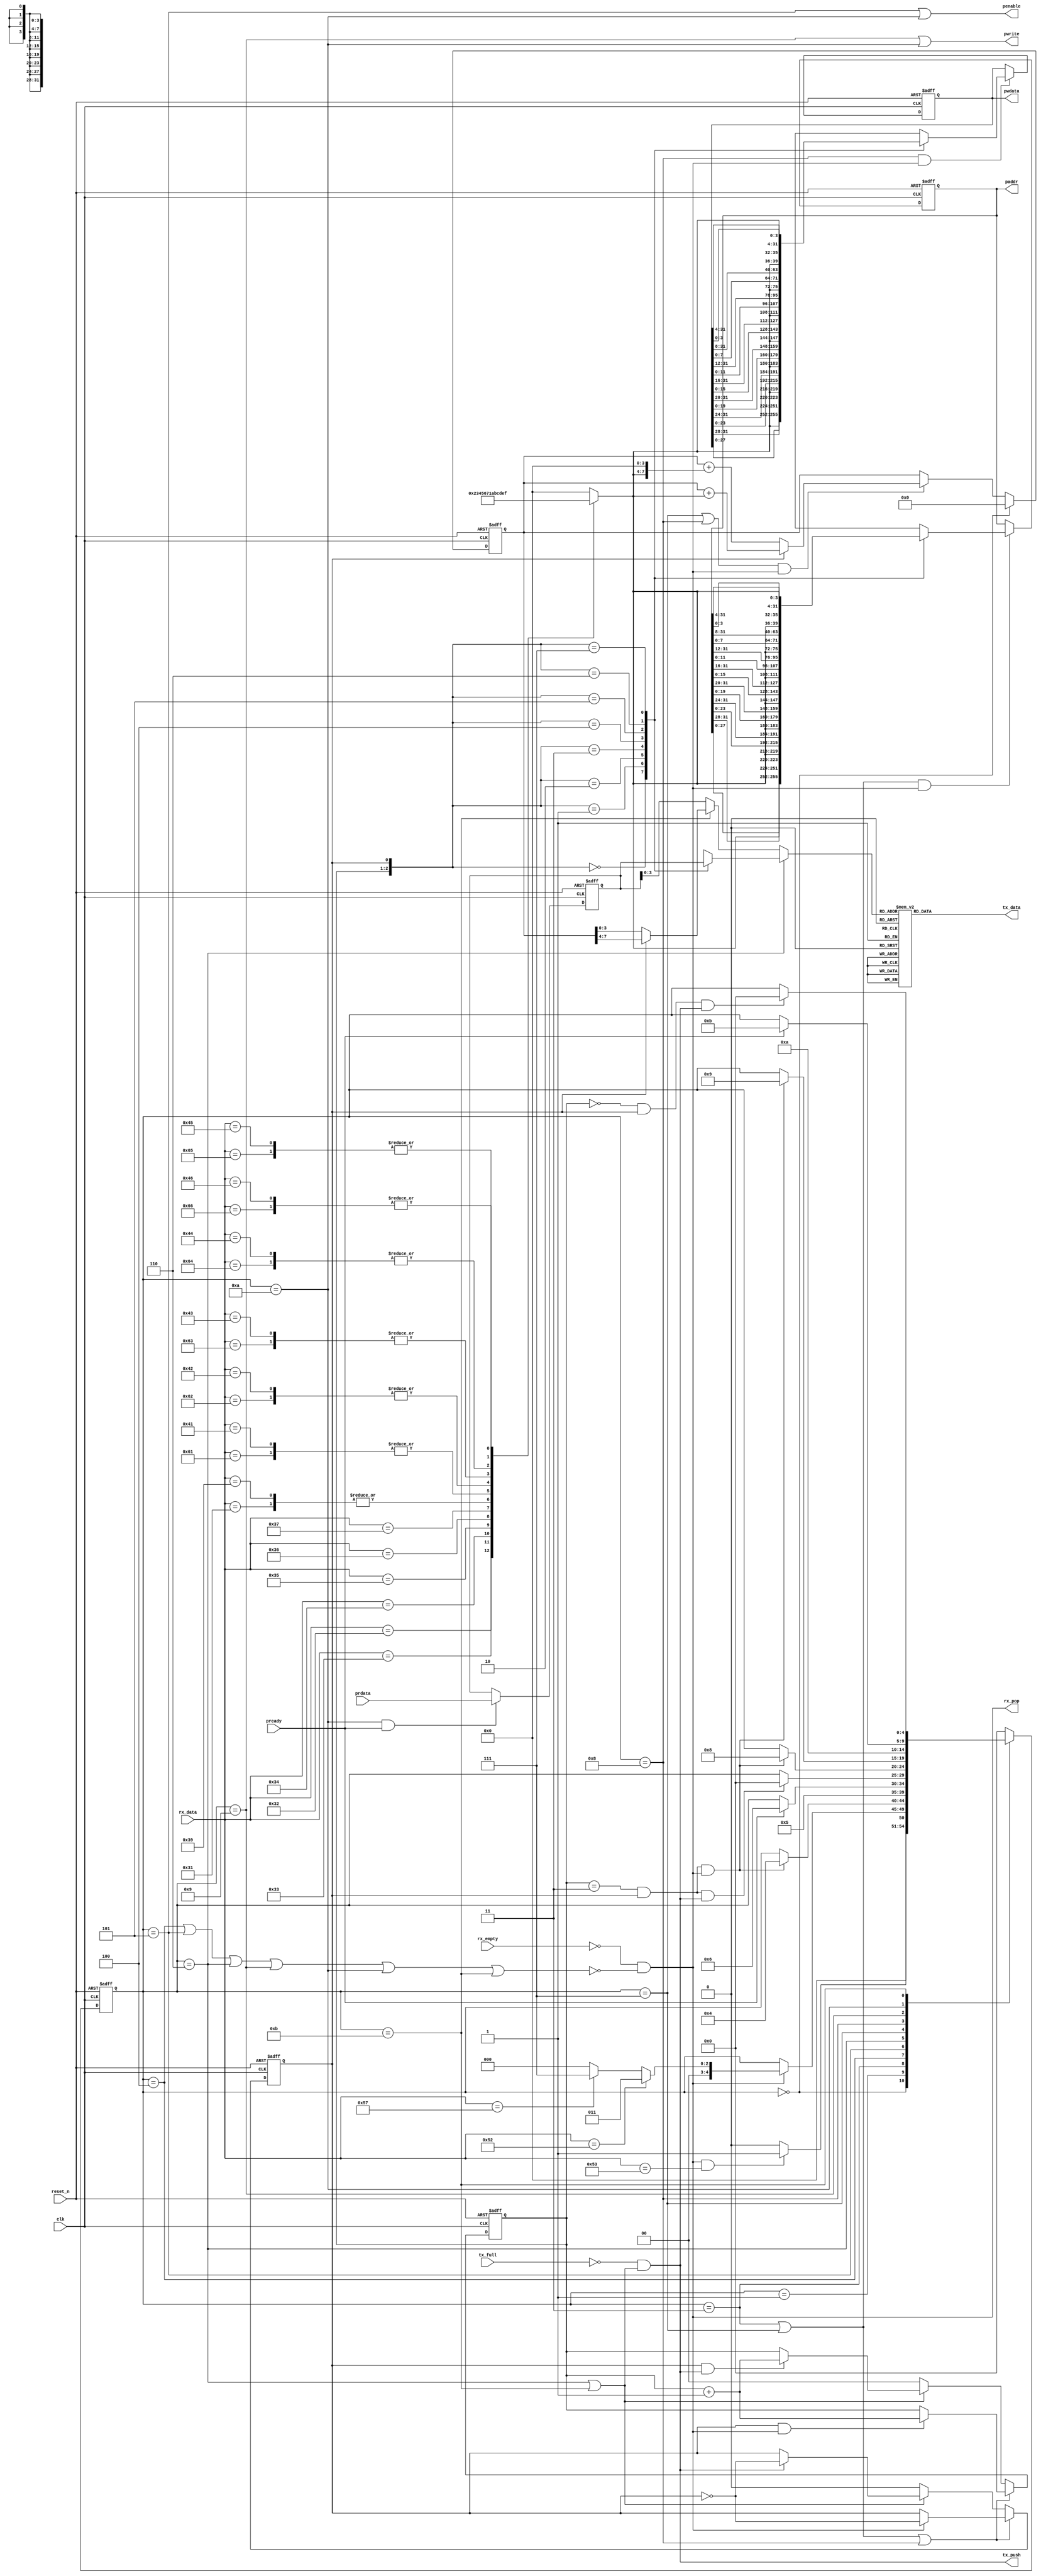
`timescale 1ns/1ps

// CMD: SR<A3><A2><A1><A0>
// RES: <R3><R2><R1><R0>
// CMD: SW<A3><A2><A1><A0><W3><W2><W1><W0>
// RES: <C1><C0>

module uart_cmd(clk,reset_n,rx_data,rx_pop,rx_empty,tx_data,tx_push,tx_full,paddr,pwrite,penable,pwdata,prdata,pready);
   input        clk;
   input        reset_n;

   // UART RX FIFO
   input [7:0] 	rx_data;
   input        rx_empty;
   output       rx_pop;

   // UART TX FIFO
   output [7:0]  tx_data;
   output        tx_push;
   input         tx_full;

   // Internal APB3 bus.
   // psel address decoder is not included this module. 
   output [31:0] paddr;
   output        pwrite;
   output        penable;
   output [31:0] pwdata;
   input  [31:0] prdata;
   input         pready;

   // reg
   reg [4:0]  r_state;        // main fsm state
   reg [1:0]  r_data_byte_pos;    // 0: [31:24],1:[23:16],2:[15:8],3:[7:0]
   reg        r_data_nibble_pos;  // 0: hier nibble, 1: lower nibble 
   reg [31:0] r_addr;
   reg [31:0] r_wdata;
   reg [31:0] r_rdata;
   reg [7:0]  r_checksum;
      
   // logic
   reg [4:0]  c_next_state;
   reg [3:0]  c_rx_data_hex2bin; // nibble bin from ascii code rx_data.
   reg [3:0]  c_tx_data_nibble;
   reg [7:0]  c_tx_data_nibble_bin2hex;
   reg [7:0]  c_tx_data;
   wire       w_rx_not_empty;
   wire       w_tx_not_full;
   wire       w_rx_pop;
   wire       w_tx_push;
   wire       w_penable;
   wire       w_pwrite;

`define UART_CMD_STATE_IDLE                    5'd0
`define UART_CMD_STATE_SINGLE_COM              5'd1
`define UART_CMD_STATE_SINGLE_RD_ADDR          5'd3
`define UART_CMD_STATE_SINGLE_RD_APB_SETUP     5'd4
`define UART_CMD_STATE_SINGLE_RD_APB_ACCESS    5'd5
`define UART_CMD_STATE_SINGLE_RD_DATA          5'd6
`define UART_CMD_STATE_SINGLE_WR_ADDR          5'd7
`define UART_CMD_STATE_SINGLE_WR_DATA          5'd8
`define UART_CMD_STATE_SINGLE_WR_APB_SETUP     5'd9
`define UART_CMD_STATE_SINGLE_WR_APB_ACCESS    5'd10
`define UART_CMD_STATE_SINGLE_WR_CHECKSUM      5'd11
   
   assign     w_rx_not_empty = ~rx_empty;
   assign     w_tx_not_full  = ~tx_full;
   
   assign     w_rx_pop = w_rx_not_empty & 
			 (~((r_state==`UART_CMD_STATE_SINGLE_RD_APB_SETUP ) |
			    (r_state==`UART_CMD_STATE_SINGLE_RD_APB_ACCESS) |
			    (r_state==`UART_CMD_STATE_SINGLE_RD_DATA      ) |
			    (r_state==`UART_CMD_STATE_SINGLE_WR_APB_SETUP ) |
			    (r_state==`UART_CMD_STATE_SINGLE_WR_APB_ACCESS) |
			    (r_state==`UART_CMD_STATE_SINGLE_WR_CHECKSUM  )));
   assign     w_tx_push = w_tx_not_full &
			  ((r_state==`UART_CMD_STATE_SINGLE_RD_DATA      ) |
			   (r_state==`UART_CMD_STATE_SINGLE_WR_CHECKSUM  ));
   


   assign     w_penable = (r_state==`UART_CMD_STATE_SINGLE_RD_APB_ACCESS) |
			  (r_state==`UART_CMD_STATE_SINGLE_WR_APB_ACCESS) ;

   assign     w_pwrite  = (r_state==`UART_CMD_STATE_SINGLE_WR_APB_SETUP ) |
			  (r_state==`UART_CMD_STATE_SINGLE_WR_APB_ACCESS) ;

   assign     rx_pop = w_rx_pop;
   assign     tx_push = w_tx_push;
   assign     tx_data = c_tx_data;
   
   // APB3
   assign     paddr   = r_addr;
   assign     penable = w_penable;
   assign     pwrite  = w_pwrite;
   assign     pwdata  = r_wdata;
   
   parameter p_dly = 0.001;
   

   // r_addr
   always @(posedge clk or negedge reset_n)begin
	      if (~reset_n) begin
	 r_addr <= 32'h00000000;
      end
      else begin
	 if (((r_state==`UART_CMD_STATE_SINGLE_RD_ADDR)|
	      (r_state==`UART_CMD_STATE_SINGLE_WR_ADDR))&
	     w_rx_pop) begin
	    case ({r_data_byte_pos,r_data_nibble_pos})
	      3'b000: r_addr <= #p_dly {              c_rx_data_hex2bin,r_addr[27:0]};
	      3'b001: r_addr <= #p_dly {r_addr[31:28],c_rx_data_hex2bin,r_addr[23:0]};
	      3'b010: r_addr <= #p_dly {r_addr[31:24],c_rx_data_hex2bin,r_addr[19:0]};
	      3'b011: r_addr <= #p_dly {r_addr[31:20],c_rx_data_hex2bin,r_addr[15:0]};
	      3'b100: r_addr <= #p_dly {r_addr[31:16],c_rx_data_hex2bin,r_addr[11:0]};
	      3'b101: r_addr <= #p_dly {r_addr[31:12],c_rx_data_hex2bin,r_addr[7:0] };
	      3'b110: r_addr <= #p_dly {r_addr[31:8] ,c_rx_data_hex2bin,r_addr[3:0] };
	      3'b111: r_addr <= #p_dly {r_addr[31:4] ,c_rx_data_hex2bin             };
	    endcase
	 end // if (((r_state==`UART_CMD_STATE_SINGLE_RD_ADDR)|...
	 else begin
	    r_addr <= #p_dly r_addr;
	 end // else: !if(((r_state==`UART_CMD_STATE_SINGLE_RD_ADDR)|...
      end // else: !if(~reset_n)
   end // always @ (posedge clk or negedge reset_n)

   // r_rdata
   always @(posedge clk or negedge reset_n)begin
      if (~reset_n) begin
	 r_rdata <= 32'h00000000;
      end
      else begin
	 if ((r_state==`UART_CMD_STATE_SINGLE_WR_APB_ACCESS) & pready ) begin
	    r_rdata <= #p_dly prdata;
	 end
	 else begin
	    r_rdata <= #p_dly r_rdata;
	 end
      end // else: !if(~reset_n)
   end // always @ (posedge clk or negedge reset_n)

   // r_wdata
   always @(posedge clk or negedge reset_n)begin
	      if (~reset_n) begin
	 r_wdata <= 32'h00000000;
      end
      else begin
	 if ((r_state==`UART_CMD_STATE_SINGLE_WR_DATA) &
	     w_rx_pop) begin
	    case ({r_data_byte_pos,r_data_nibble_pos})
	      3'b000: r_wdata <= #p_dly {               c_rx_data_hex2bin,r_wdata[27:0]};
	      3'b001: r_wdata <= #p_dly {r_wdata[31:28],c_rx_data_hex2bin,r_wdata[23:0]};
	      3'b010: r_wdata <= #p_dly {r_wdata[31:24],c_rx_data_hex2bin,r_wdata[19:0]};
	      3'b011: r_wdata <= #p_dly {r_wdata[31:20],c_rx_data_hex2bin,r_wdata[15:0]};
	      3'b100: r_wdata <= #p_dly {r_wdata[31:16],c_rx_data_hex2bin,r_wdata[11:0]};
	      3'b101: r_wdata <= #p_dly {r_wdata[31:12],c_rx_data_hex2bin,r_wdata[7:0] };
	      3'b110: r_wdata <= #p_dly {r_wdata[31:8] ,c_rx_data_hex2bin,r_wdata[3:0] };
	      3'b111: r_wdata <= #p_dly {r_wdata[31:4] ,c_rx_data_hex2bin             };
	    endcase
	 end
	 else begin
	    r_wdata <= #p_dly r_wdata;
	 end // else: !if((r_state==`UART_CMD_STATE_SINGLE_WR_DATA) &...	 
      end // else: !if(~reset_n)
   end // always @ (posedge clk or negedge reset_n)   

   // r_state
   always @(posedge clk or negedge reset_n)begin
	      if (~reset_n) begin
	 r_state <= `UART_CMD_STATE_IDLE;
      end
      else begin
	 r_state <= #p_dly c_next_state;
      end
   end

   //r_data_byte_pos;    // 0: [31:24], 1:[23:16],2:[15:8],3:[7:0]
   always @(posedge clk or negedge reset_n) begin
      if (~reset_n) begin
	 r_data_byte_pos   <= 2'b00;
      end
      else begin
	 // if address data input state and lower nibble
	 if ( ( r_state==`UART_CMD_STATE_SINGLE_RD_ADDR ) |
	      ( r_state==`UART_CMD_STATE_SINGLE_WR_ADDR ) |
	      ( r_state==`UART_CMD_STATE_SINGLE_WR_DATA ) )begin
	    if (r_data_nibble_pos & w_rx_pop ) begin
	       r_data_byte_pos <= #p_dly r_data_byte_pos + 1'b1;
	    end
	    else begin
	       r_data_byte_pos <= #p_dly r_data_byte_pos;
	    end
	 end
	 else if ( ( r_state==`UART_CMD_STATE_SINGLE_RD_DATA ) |
		   ( r_state==`UART_CMD_STATE_SINGLE_WR_CHECKSUM ) )begin
	    if (r_data_nibble_pos & w_tx_push ) begin
	       r_data_byte_pos <= #p_dly r_data_byte_pos + 1'b1;
	    end
	    else begin
	       r_data_byte_pos <= #p_dly r_data_byte_pos;
	    end
	 end
	 else begin
	    r_data_byte_pos <= #p_dly 2'b00;
	 end
      end // else: !if(~reset_n)
   end

   //r_data_nibble_pos;    // 0: high 1:low
    always @(posedge clk or negedge reset_n) begin
      if (~reset_n) begin
	 r_data_nibble_pos   <= 1'b0;
      end
      else begin
	 // if address data input state and lower nibble
	 if ( ( r_state==`UART_CMD_STATE_SINGLE_RD_ADDR ) |
	      ( r_state==`UART_CMD_STATE_SINGLE_WR_ADDR ) |
	      ( r_state==`UART_CMD_STATE_SINGLE_WR_DATA ) )begin
	    if ( w_rx_pop ) begin
	       r_data_nibble_pos <= #p_dly ~r_data_nibble_pos;
	    end
	    else begin
	       r_data_nibble_pos <= #p_dly r_data_nibble_pos;
	    end
	 end
	 else if ( ( r_state==`UART_CMD_STATE_SINGLE_RD_DATA ) |
		   ( r_state==`UART_CMD_STATE_SINGLE_WR_CHECKSUM ))begin
	    if ( w_tx_push ) begin
	       r_data_nibble_pos <= #p_dly ~r_data_nibble_pos;
	    end
	    else begin
	       r_data_nibble_pos <= #p_dly r_data_nibble_pos;
	    end
	 end
	 else begin
	    r_data_nibble_pos <= #p_dly 1'b0;
	 end
      end // else: !if(~reset_n)
    end // always @ (posedge clk or negedge reset_n)

   // r_checksum
   always @(posedge clk or negedge reset_n) begin
      if (~reset_n) begin
	 r_checksum   <= 8'h00;
      end
      else begin
	 if (  r_state==`UART_CMD_STATE_IDLE ) begin
	    r_checksum   <= #p_dly 8'h00;
	 end
	 else if ( ( ( r_state==`UART_CMD_STATE_SINGLE_WR_ADDR ) |
		     ( r_state==`UART_CMD_STATE_SINGLE_WR_DATA ) ) & w_rx_pop )begin
	    if (r_data_nibble_pos==1'b0) begin
	       r_checksum <= #p_dly r_checksum + {c_rx_data_hex2bin,4'h0};
	    end
	    else begin
	       r_checksum <= #p_dly r_checksum + c_rx_data_hex2bin;
	    end
	 end
	 else begin
	    r_checksum <= #p_dly r_checksum;
	 end // else: !if( ( ( r_state==`UART_CMD_STATE_SINGLE_WR_ADDR ) |...
      end // else: !if(~reset_n)
   end // always @ (posedge clk or negedge reset_n)
   
   // c_next_state
   always @(r_state or w_rx_pop or rx_data or r_data_byte_pos or r_data_nibble_pos or pready or w_tx_push) begin
      case (r_state)
	`UART_CMD_STATE_IDLE : 
	  begin
	     // S(0x53)
	     if (w_rx_pop & (rx_data==8'h53)) begin
		c_next_state = `UART_CMD_STATE_SINGLE_COM;
	     end
	     else begin
		c_next_state = `UART_CMD_STATE_IDLE;
	     end
	  end
	`UART_CMD_STATE_SINGLE_COM :
	  begin
	     if (w_rx_pop) begin
		// R(0x52)
		if (rx_data==8'h52) begin
		   c_next_state = `UART_CMD_STATE_SINGLE_RD_ADDR;		   
		end
		// W(0x57)
		else if (rx_data==8'h57) begin
		   c_next_state = `UART_CMD_STATE_SINGLE_WR_ADDR;
		end
		else begin
		   c_next_state = `UART_CMD_STATE_IDLE;
		end
	     end
	     else begin
		c_next_state = r_state;
	     end
	  end // case: `UART_CMD_STATE_SINGLE_COM
	`UART_CMD_STATE_SINGLE_RD_ADDR :
	  begin
	     if ( ( r_data_byte_pos==2'b11 ) & 
		  r_data_nibble_pos &
		  w_rx_pop ) begin
		c_next_state = `UART_CMD_STATE_SINGLE_RD_APB_SETUP;
	     end
	     else begin
		c_next_state = r_state;
	     end
	  end // case: `UART_CMD_STATE_SINGLE_RD_ADDR
	`UART_CMD_STATE_SINGLE_RD_APB_SETUP :
	  begin
	     c_next_state = `UART_CMD_STATE_SINGLE_RD_APB_ACCESS;
	  end
	`UART_CMD_STATE_SINGLE_RD_APB_ACCESS:
	  begin
	     if (pready) begin
		c_next_state = `UART_CMD_STATE_SINGLE_RD_DATA;
	     end
	     else begin
		c_next_state = r_state;
	     end
	  end
	`UART_CMD_STATE_SINGLE_RD_DATA:
	  begin
	     if ( ( r_data_byte_pos==2'b11 ) & 
		  r_data_nibble_pos &
		  w_tx_push ) begin
		c_next_state = `UART_CMD_STATE_IDLE;
	     end
	     else begin
		c_next_state = r_state;
	     end
	  end // case: `UART_CMD_STATE_SINGLE_RD_DATA

	`UART_CMD_STATE_SINGLE_WR_ADDR:
	  begin
	     if ( ( r_data_byte_pos==2'b11 ) & 
		  r_data_nibble_pos &
		  w_rx_pop ) begin
		c_next_state = `UART_CMD_STATE_SINGLE_WR_DATA;
	     end
	     else begin
		c_next_state = r_state;
	     end
	  end // case: `UART_CMD_STATE_SINGLE_WR_ADDR

	`UART_CMD_STATE_SINGLE_WR_DATA:
	  begin
	     if ( ( r_data_byte_pos==2'b11 ) & 
		  r_data_nibble_pos &
		  w_rx_pop ) begin
		c_next_state = `UART_CMD_STATE_SINGLE_WR_APB_SETUP;
	     end
	     else begin
		c_next_state = r_state;
	     end
	  end // case: `UART_CMD_STATE_SINGLE_WR_DATA
	`UART_CMD_STATE_SINGLE_WR_APB_SETUP:
	  begin
	     c_next_state = `UART_CMD_STATE_SINGLE_WR_APB_ACCESS;
	  end

	`UART_CMD_STATE_SINGLE_WR_APB_ACCESS:
	  begin
	     if (pready) begin
		c_next_state = `UART_CMD_STATE_SINGLE_WR_CHECKSUM;
	     end
	     else begin
		c_next_state = r_state;
	     end
	  end

	`UART_CMD_STATE_SINGLE_WR_CHECKSUM:
	  begin
	     if ( ( r_data_byte_pos==2'b00 ) & 
		  r_data_nibble_pos &
		  w_tx_push ) begin
		c_next_state = `UART_CMD_STATE_IDLE;
	     end
	     else begin
		c_next_state = r_state;
	     end
	  end // case: `UART_CMD_STATE_SINGLE_WR_CHECKSUM
	default :
	  c_next_state = `UART_CMD_STATE_IDLE;
      endcase // case (r_state)
   end // always @ (r_state or w_rx_pop or rx_data or r_data_byte_pos or r_data_nibble_pos or pready or w_tx_push)

   // c_rx_data_hex2bin
   always @(rx_data)begin
      case (rx_data)
	8'h30:       c_rx_data_hex2bin = 4'h0;
	8'h31:       c_rx_data_hex2bin = 4'h1;
	8'h32:       c_rx_data_hex2bin = 4'h2;
	8'h33:       c_rx_data_hex2bin = 4'h3;
	8'h34:       c_rx_data_hex2bin = 4'h4;
	8'h35:       c_rx_data_hex2bin = 4'h5;
	8'h36:       c_rx_data_hex2bin = 4'h6;
	8'h37:       c_rx_data_hex2bin = 4'h7;
	8'h38:       c_rx_data_hex2bin = 4'h0;
	8'h39:       c_rx_data_hex2bin = 4'h1;
	8'h41,8'h61: c_rx_data_hex2bin = 4'ha;
	8'h42,8'h62: c_rx_data_hex2bin = 4'hb;
	8'h43,8'h63: c_rx_data_hex2bin = 4'hc;
	8'h44,8'h64: c_rx_data_hex2bin = 4'hd;
	8'h45,8'h65: c_rx_data_hex2bin = 4'he;
	8'h46,8'h66: c_rx_data_hex2bin = 4'hf;
	default : c_rx_data_hex2bin = 4'h0;
      endcase // case (rx_data)   
   end // always @ (rx_data)
   
   //c_tx_data_nibble
   always @ (r_state or 
	     r_data_byte_pos or r_data_nibble_pos or
	     r_rdata or r_checksum) begin
      if (r_state == `UART_CMD_STATE_SINGLE_RD_DATA ) begin
	 case ({r_data_byte_pos,r_data_nibble_pos})
	   3'b000: c_tx_data_nibble = r_rdata[31:28];
	   3'b001: c_tx_data_nibble = r_rdata[27:24];
	   3'b010: c_tx_data_nibble = r_rdata[23:20];
	   3'b011: c_tx_data_nibble = r_rdata[19:16];
	   3'b100: c_tx_data_nibble = r_rdata[15:12];
	   3'b101: c_tx_data_nibble = r_rdata[11:8];
	   3'b110: c_tx_data_nibble = r_rdata[7:4];
	   3'b111: c_tx_data_nibble = r_rdata[3:0];
	 endcase // case ({r_data_byte_pos,r_data_nibble_pos})
      end // if (r_state == `UART_CMD_STATE_SINGLE_RD_DATA )
      else if ( r_state == `UART_CMD_STATE_SINGLE_WR_CHECKSUM )begin
	 if (r_data_nibble_pos) begin
	    c_tx_data_nibble = r_checksum[7:4];
	 end
	 else begin
	    c_tx_data_nibble = r_checksum[3:0];
	 end
      end
      else begin
	 c_tx_data_nibble = r_rdata[3:0];
      end
   end // always @ (r_state or...    

   //c_tx_data_nibble_bin2hex
   always @ (c_tx_data_nibble) begin   
      case (c_tx_data_nibble)
	4'h0 : c_tx_data_nibble_bin2hex = 8'h30;
	4'h1 : c_tx_data_nibble_bin2hex = 8'h31;
	4'h2 : c_tx_data_nibble_bin2hex = 8'h32;
	4'h3 : c_tx_data_nibble_bin2hex = 8'h33;
	4'h4 : c_tx_data_nibble_bin2hex = 8'h34;
	4'h5 : c_tx_data_nibble_bin2hex = 8'h35;
	4'h6 : c_tx_data_nibble_bin2hex = 8'h36;
	4'h7 : c_tx_data_nibble_bin2hex = 8'h37;
	4'h8 : c_tx_data_nibble_bin2hex = 8'h38;
	4'h9 : c_tx_data_nibble_bin2hex = 8'h39;
	4'ha : c_tx_data_nibble_bin2hex = 8'h41;
	4'hb : c_tx_data_nibble_bin2hex = 8'h42;
	4'hc : c_tx_data_nibble_bin2hex = 8'h43;
	4'hd : c_tx_data_nibble_bin2hex = 8'h44;
	4'he : c_tx_data_nibble_bin2hex = 8'h45;
	4'hf : c_tx_data_nibble_bin2hex = 8'h46;
      endcase // case (c_tx_data_nibble)
   end // always @ (c_tx_data_nibble)

   //c_tx_data
   always @(c_tx_data_nibble_bin2hex or r_state) begin
      case (r_state)
	`UART_CMD_STATE_SINGLE_RD_DATA,
	`UART_CMD_STATE_SINGLE_WR_CHECKSUM: c_tx_data = c_tx_data_nibble_bin2hex;
	default :  c_tx_data = c_tx_data_nibble_bin2hex;
      endcase // case (r_state)
   end   

endmodule // uart_cmd